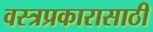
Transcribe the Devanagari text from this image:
वस्त्रप्रकारासाठी